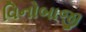
વિનોબાજી